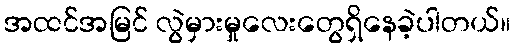
အထင်အမြင် လွဲမှားမှုလေးတွေရှိနေခဲ့ပါတယ်။